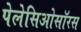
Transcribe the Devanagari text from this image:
पेलेसिओसॉरस